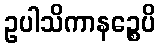
ဥပါသိကာနဉ္စေပိ